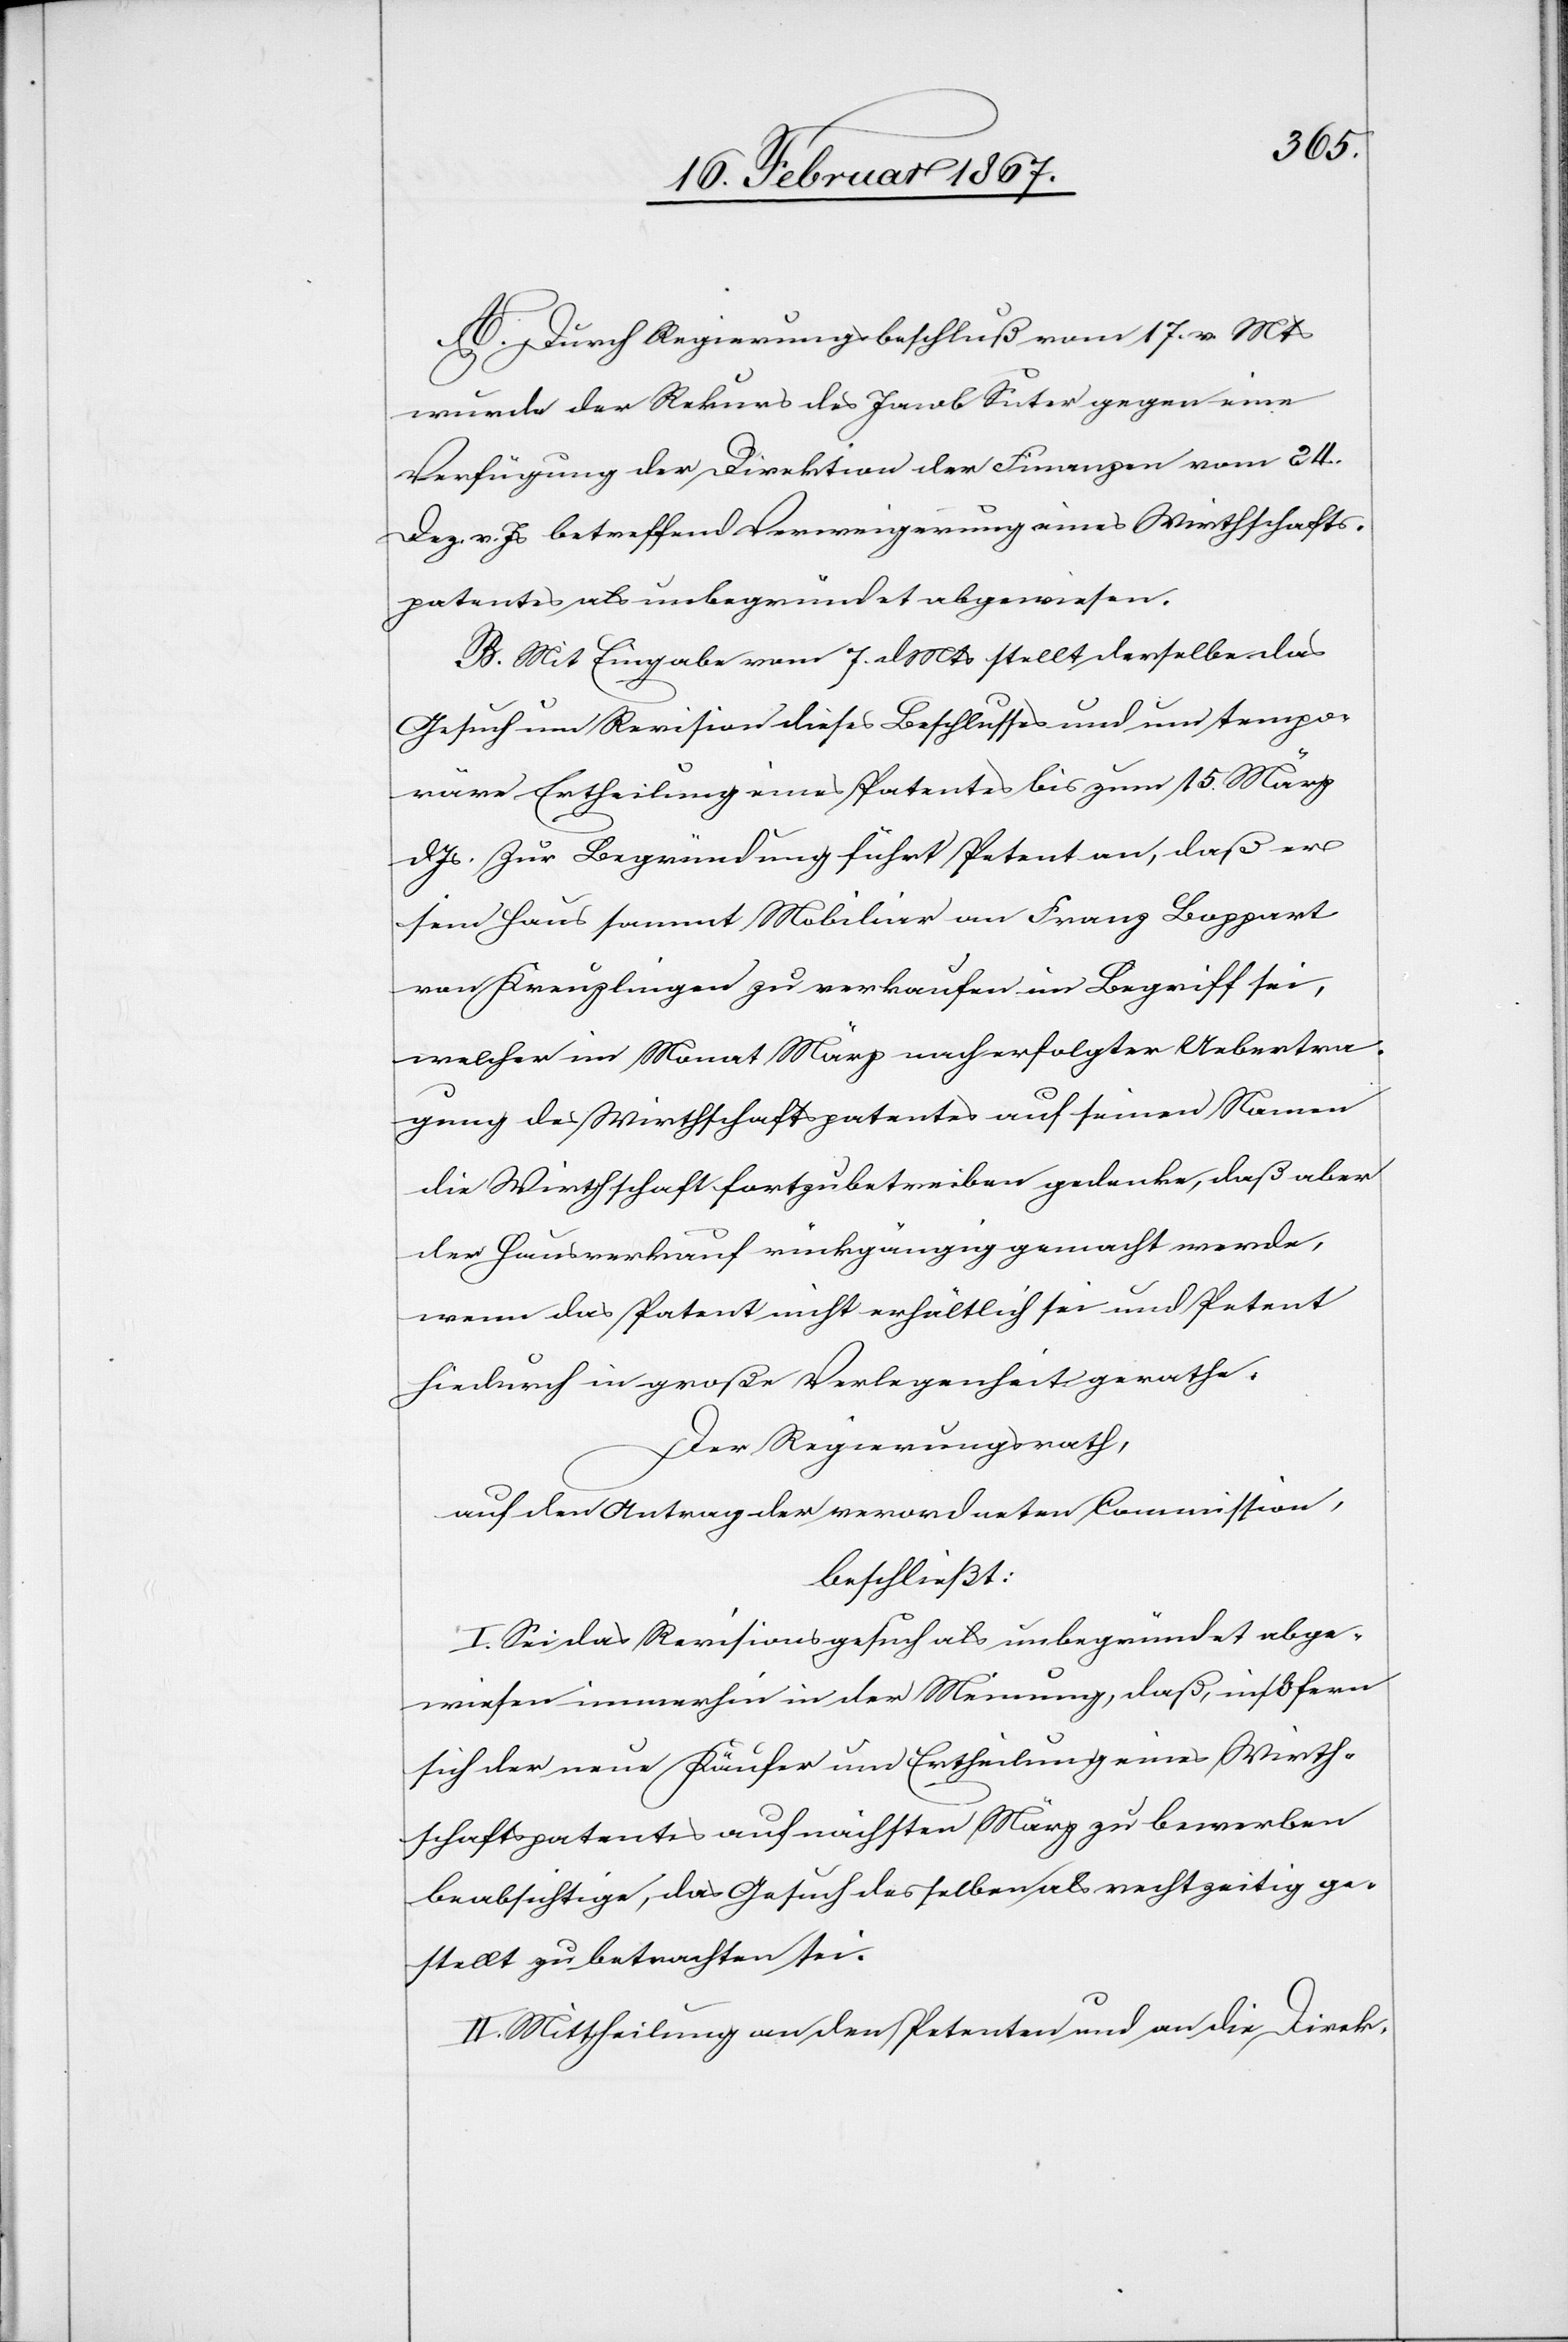
A. Durch Regierungsbeschluß vom 17. v. Mts
wurde der Rekurs des Jacob Suter gegen eine
Verfügung der Direktion der Finanzen vom 24.
Dez. v. Js betreffend Verweigerung eines Wirthschafts¬
patentes als unbegründet abgewiesen.
B. Mit Eingabe vom 7. d. Mts stellt derselbe das
Gesuch um Revision dieses Beschlusses und um tempo¬
räre Ertheilung eines Patentes bis zum 15. März
d. Js. Zur Begründung führt Petent an, daß er
sein Haus sammt Mobiliar an Franz Boppart
von Kreuzlingen zu verkaufen im Begriff sei,
welcher im Monat März nach erfolgter Uebertra¬
gung des Wirthschaftspatentes auf seinen Namen
die Wirthschaft fortzubetreiben gedenke, daß aber
der Hausverkauf rückgängig gemacht werde,
wenn das Patent nicht erhältlich sei und Petent
hiedurch in große Verlegenheit gerathe.
Der Regierungsrath,
auf den Antrag der verordneten Commission,
beschließt:
I. Sei das Revisionsgesuch als unbegründet abge¬
wiesen immerhin in der Meinung, daß, insofern
sich der neue Käufer um Ertheilung eines Wirth¬
schaftspatentes auf nächsten März zu bewerben
beabsichtige, das Gesuch desselben als rechtzeitig ge¬
stellt zu betrachten sei.
II. Mittheilung an den Petenten und an die Direk-